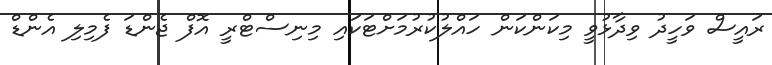
ރައީސް ވަހީދު ވިދާޅުވީ މިކަންކަން ހައްލުކުރުމަށްޓަކައި މިނިސްޓްރީ އޮފް ޖެންޑަ ފެމިލި އެންޑް